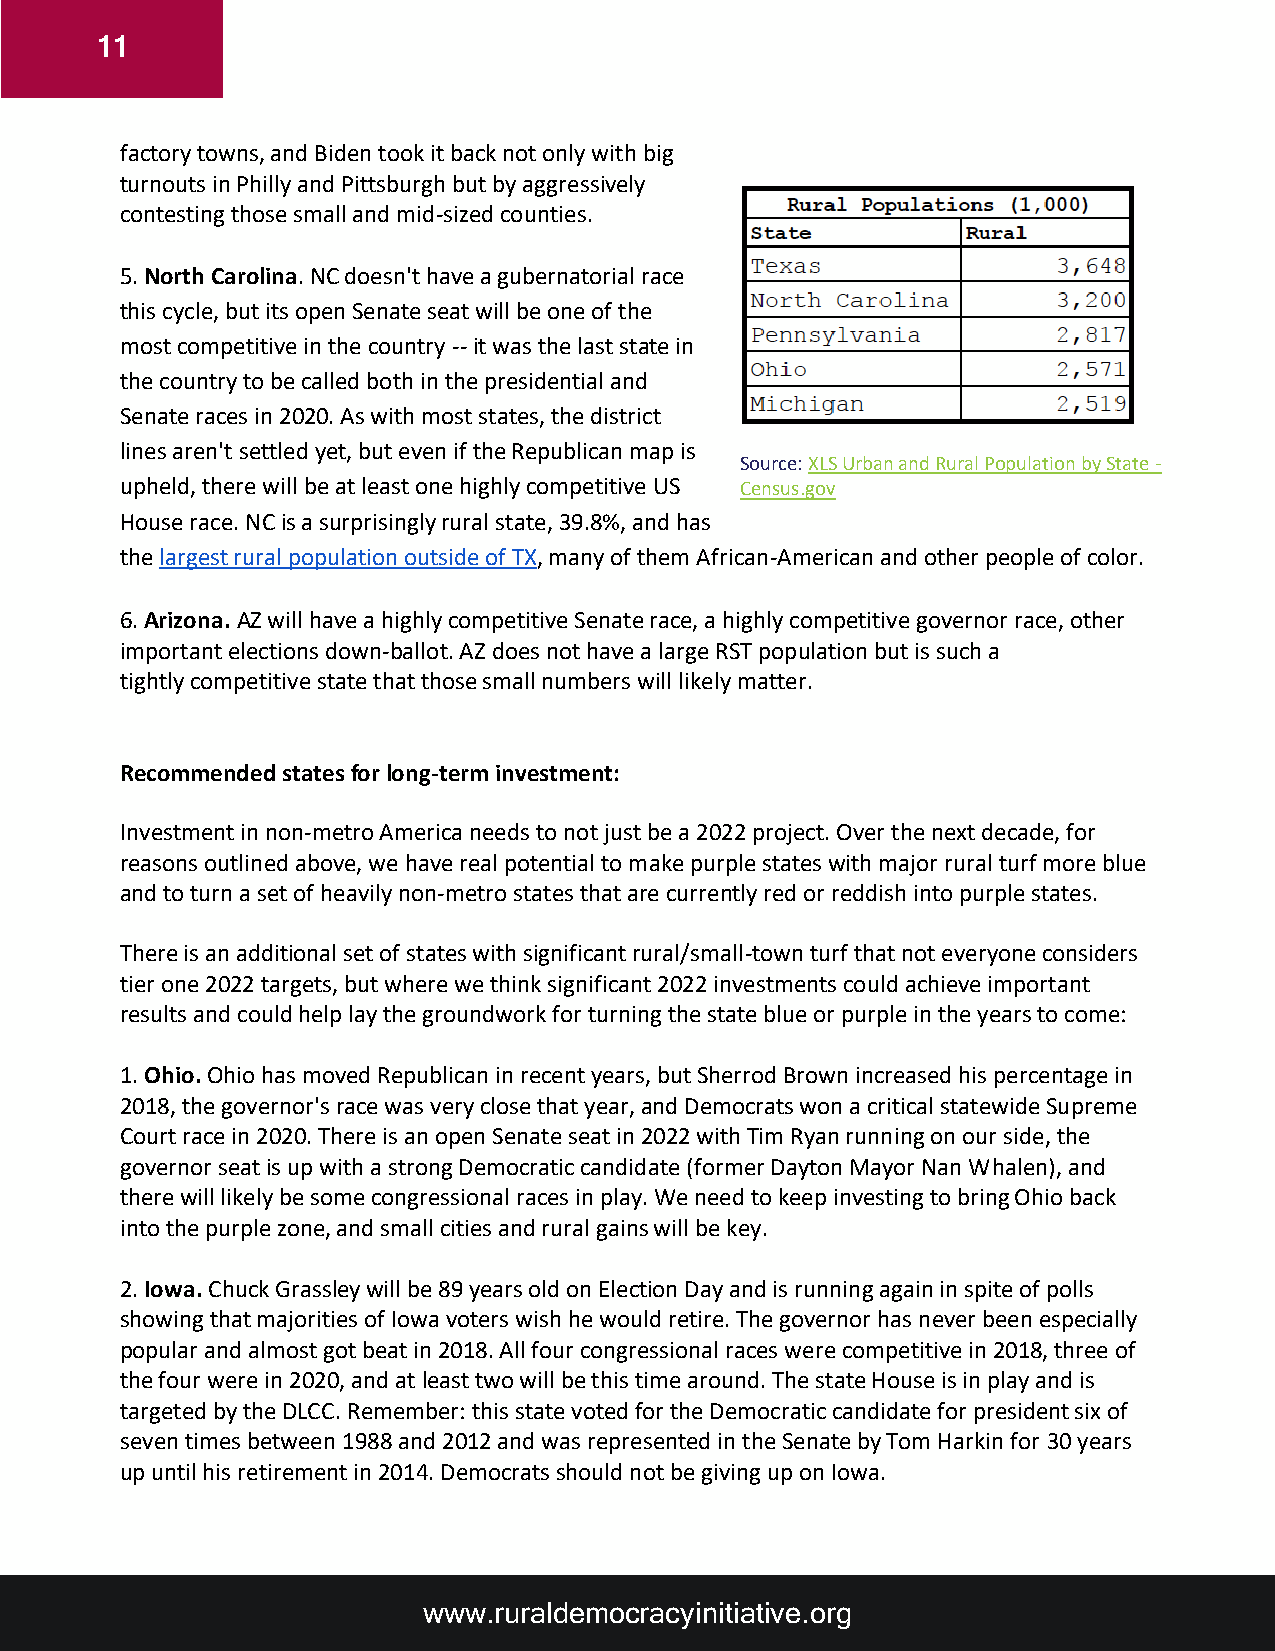
11
 factory towns, and Biden took it back not only with big
 turnouts in Philly and Pittsburgh but by aggressively
 contesting those small and mid-sized counties.
 5. North Carolina. NC doesn't have a gubernatorial race
 this cycle, but its open Senate seat will be one of the
 most competitive in the country -- it was the last state in
 the country to be called both in the presidential and
 Senate races in 2020. As with most states, the district
 lines aren't settled yet, but even if the Republican map is
 Source: XLS Urban and Rural Population by State -
 upheld, there will be at least one highly competitive US Census.gov
 House race. NC is a surprisingly rural state, 39.8%, and has
 the largest rural population outside of TX, many of them African-American and other people of color.
 6. Arizona. AZ will have a highly competitive Senate race, a highly competitive governor race, other
 important elections down-ballot. AZ does not have a large RST population but is such a
 tightly competitive state that those small numbers will likely matter.
 Recommended states for long-term investment:
 Investment in non-metro America needs to not just be a 2022 project. Over the next decade, for
 reasons outlined above, we have real potential to make purple states with major rural turf more blue
 and to turn a set of heavily non-metro states that are currently red or reddish into purple states.
 There is an additional set of states with significant rural/small-town turf that not everyone considers
 tier one 2022 targets, but where we think significant 2022 investments could achieve important
 results and could help lay the groundwork for turning the state blue or purple in the years to come:
 1. Ohio. Ohio has moved Republican in recent years, but Sherrod Brown increased his percentage in
 2018, the governor's race was very close that year, and Democrats won a critical statewide Supreme
 Court race in 2020. There is an open Senate seat in 2022 with Tim Ryan running on our side, the
 governor seat is up with a strong Democratic candidate (former Dayton Mayor Nan Whalen), and
 there will likely be some congressional races in play. We need to keep investing to bring Ohio back
 into the purple zone, and small cities and rural gains will be key.
 2. Iowa. Chuck Grassley will be 89 years old on Election Day and is running again in spite of polls
 showing that majorities of Iowa voters wish he would retire. The governor has never been especially
 popular and almost got beat in 2018. All four congressional races were competitive in 2018, three of
 the four were in 2020, and at least two will be this time around. The state House is in play and is
 targeted by the DLCC. Remember: this state voted for the Democratic candidate for president six of
 seven times between 1988 and 2012 and was represented in the Senate by Tom Harkin for 30 years
 up until his retirement in 2014. Democrats should not be giving up on Iowa.
 www.ruraldemocracyinitiative.org